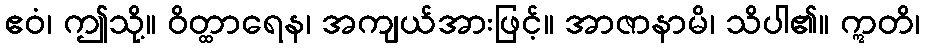
ဧဝံ၊ ဤသို့။ ဝိတ္ထာရေန၊ အကျယ်အားဖြင့်။ အာဇာနာမိ၊ သိပါ၏။ ဣတိ၊